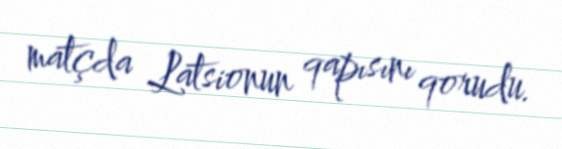
matçda Latsionun qapısını qorudu.